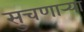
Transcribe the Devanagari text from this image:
सुचणार्‍या